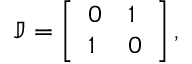
\mathbb { J } = \left[ \begin{array} { l l } { 0 } & { 1 } \\ { 1 } & { 0 } \end{array} \right] ,